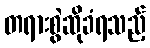
တရားစွဲဆိုခံရသည့်